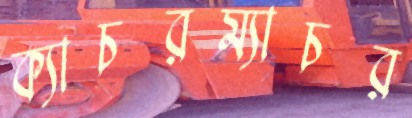
ক্যাচরম্যাচর